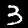
Digit: 3